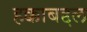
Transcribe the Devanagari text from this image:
हक्काबद्दल